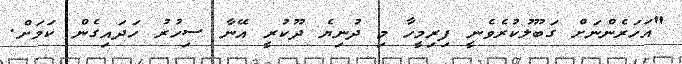
"އަހަރެންނަށް ގަބޫލުކުރެވެނީ ފިރިމީހާ މި ދުނިޔެ ދޫކުރީ އޭނާ ސިހުރު ހަދައިގެން ކަމަށް.